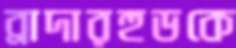
ব্রাদারহুডকে